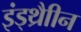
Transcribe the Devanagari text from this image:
इंड्थ्रैाीन